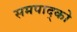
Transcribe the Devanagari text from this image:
समपाद्को